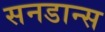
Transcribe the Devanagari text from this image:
सनडान्स